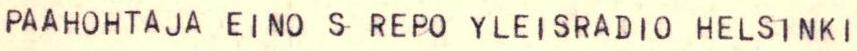
PAAHOHTAJA EINO S REPO YLEISRADIO HELSINKI